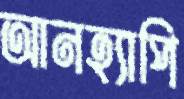
আনহ্যাপি